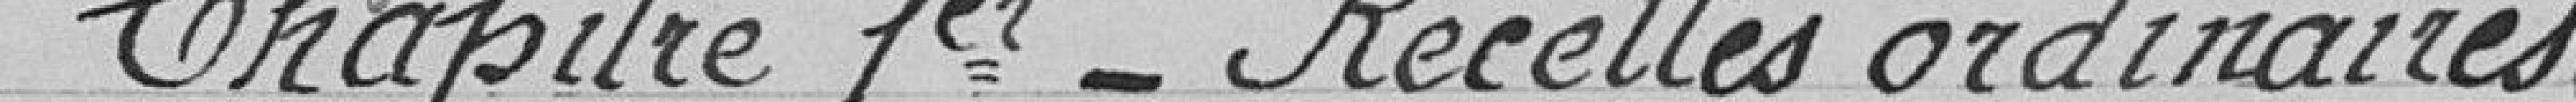
Chapitre 1er  -- recettes ordinaires :